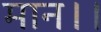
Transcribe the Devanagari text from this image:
मान।।